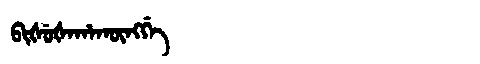
Manchu: ᠪᡳᡧᡠᡧᠠᡥᠠᡴᡡᠩᡤᡝ
Romanization: BIŠUŠAHAKŪNGGE